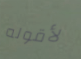
لأقوله